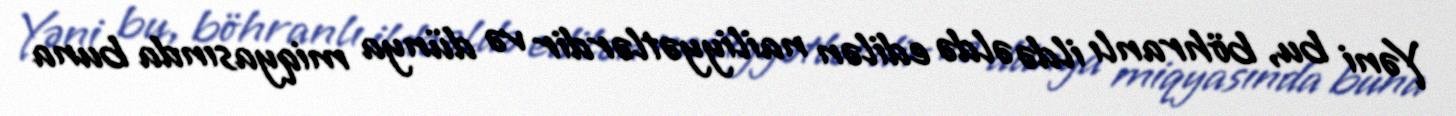
Yəni bu, böhranlı ildə əldə edilən nailiyyətlərdir və dünya miqyasında buna